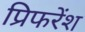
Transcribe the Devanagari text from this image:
प्रिफरेंश